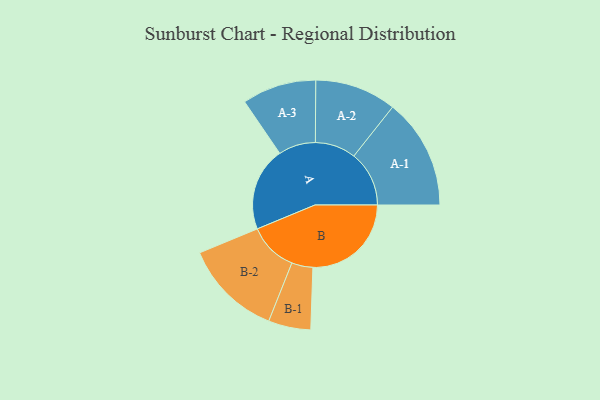
{"axis": {"x": "Segment", "y": "Value"}, "legend": ["", "A", "B"], "data": [{"x": "A", "y": 415, "type": ""}, {"x": "B", "y": 488, "type": ""}, {"x": "A-1", "y": 274, "type": "A"}, {"x": "A-2", "y": 202, "type": "A"}, {"x": "A-3", "y": 184, "type": "A"}, {"x": "B-1", "y": 105, "type": "B"}, {"x": "B-2", "y": 243, "type": "B"}]}